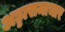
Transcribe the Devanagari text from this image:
अड्डासमाचार